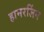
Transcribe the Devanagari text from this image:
हामरलिंग